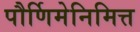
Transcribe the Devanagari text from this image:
पौर्णिमेनिमित्त